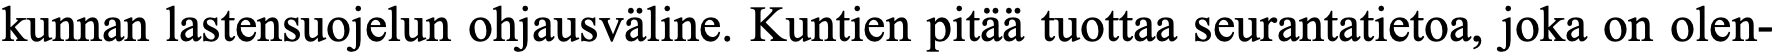
kunnan lastensuojelun ohjausväline. Kuntien pitää tuottaa seurantatietoa, joka on olen-